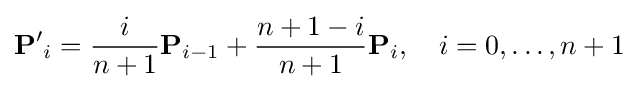
\mathbf {P'} _{i}={\frac {i}{n+1}}\mathbf {P} _{i-1}+{\frac {n+1-i}{n+1}}\mathbf {P} _{i},\quad i=0,\ldots ,n+1